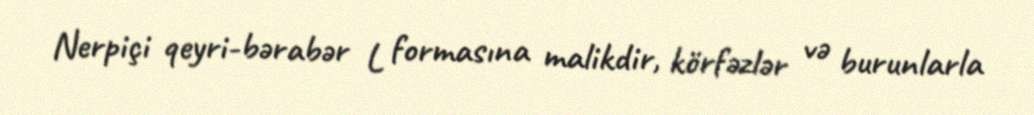
Nerpiçi qeyri-bərabər L formasına malikdir, körfəzlər və burunlarla